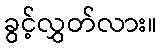
ခွင့်လွှတ်လား။